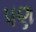
૫ણ